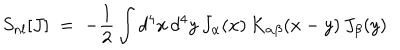
LaTeX: S _ { n l } [ J ] \; = \; - \frac { 1 } { 2 } \int d ^ { 4 } x \, d ^ { 4 } y \, J _ { \alpha } ( x ) \, K _ { \alpha \beta } ( x - y ) \, J _ { \beta } ( y )